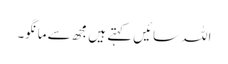
اللہ سائیں کہتے ہیں مجھ سے مانگو۔